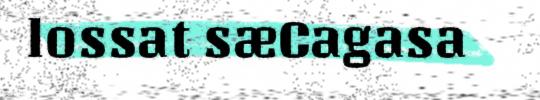
lossat sæCagasa